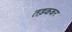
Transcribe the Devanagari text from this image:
तड़ककर